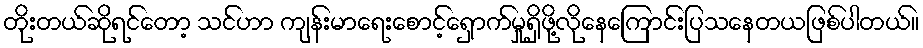
တိုးတယ်ဆိုရင်တော့ သင်ဟာ ကျန်းမာရေးစောင့်ရှောက်မှုရှိဖို့လိုနေကြောင်းပြသနေတယဖြစ်ပါတယ်။